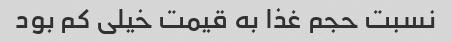
نسبت حجم غذا به قیمت خیلی کم بود